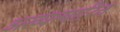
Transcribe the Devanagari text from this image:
अख्यत्यारित